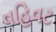
વહિવટ